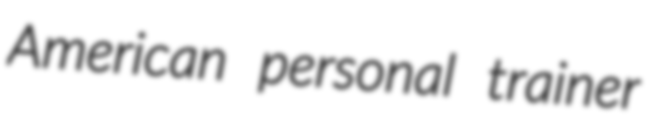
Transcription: American personal trainer